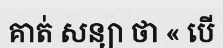
គាត់ សន្យា ថា « បើ